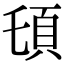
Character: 𩑒